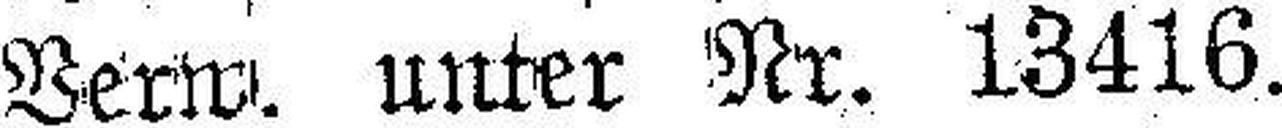
Verw. unter Nr. 13416.